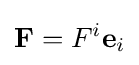
\mathbf {F} =F^{i}\mathbf {e} _{i}